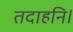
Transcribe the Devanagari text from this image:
तदाहनि।